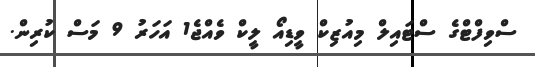
ސްވިފްޓްގެ ސްޓައިލް މިއުޒިކް ވީޑިއޯ ލީކް ވެއްޖެ1 އަހަރު 9 މަސް ކުރިން.